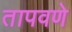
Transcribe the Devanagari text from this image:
तापवणे